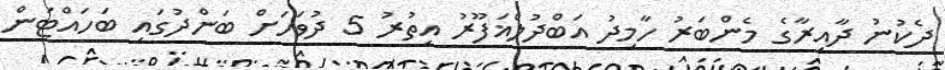
ދެކުނު ދާއިރާގެ މެންބަރު ހާމިދު އަބްދުލްޣަފޫރު އިތުރު 5 ދުވަހަށް ބަންދުގައި ބަހައްޓަން